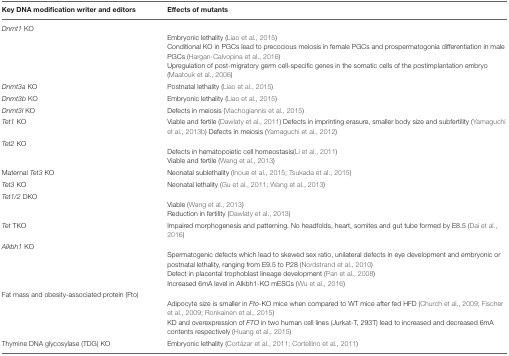
| Key DNA modification writer and editors | Effects of mutants |
 | --- | --- |
 | Dnmt1 KO | Embryonic lethality (Liao et al., 2015) Conditional KO in PGCs lead to precocious meiosis in female PGCs and prospermatogonia differentiation in male PGCs (Hargan-Calvopina et al., 2016) Upregulation of post-migratory germ cell-specific genes in the somatic cells of the postimplantation embryo (Maatouk et al., 2006) |
 | Dnmt3a KO | Postnatal lethality (Liao et al., 2015) |
 | Dnmt3b KO | Embryonic lethality (Liao et al., 2015) |
 | Dnmt3l KO | Defects in meiosis (Vlachogiannis et al., 2015) |
 | Tet1 KO | Viable and fertile (Dawlaty et al., 2011) Defects in imprinting erasure, smaller body size and subfertility (Yamaguchi et al., 2013b) Defects in meiosis (Yamaguchi et al., 2012) |
 | Tet2 KO | Defects in hematopoietic cell homeostasis(Li et al., 2011) Viable and fertile (Wang et al., 2013) |
 | Maternal Tet3 KO | Neonatal sublethality (Inoue et al., 2015; Tsukada et al., 2015) |
 | Tet3 KO | Neonatal lethality (Gu et al., 2011; Wang et al., 2013) |
 | Tet1/2 DKO | Viable (Wang et al., 2013) Reduction in fertility (Dawlaty et al., 2013) |
 | Tet TKO | Impaired morphogenesis and patterning. No headfolds, heart, somites and gut tube formed by E8.5 (Dai et al., 2016) |
 | Alkbh1 KO | Spermatogenic defects which lead to skewed sex ratio, unilateral defects in eye development and embryonic or postnatal lethality, ranging from E9.5 to P28 (Nordstrand et al., 2010) Defect in placental trophoblast lineage development (Pan et al., 2008) Increased 6mA level in Alkbh1-KO mESCs (Wu et al., 2016) |
 | Fat mass and obesity-associated protein (Fto) | Adipocyte size is smaller in Fto-KO mice when compared to WT mice after fed HFD (Church et al., 2009; Fischer et al., 2009; Ronkainen et al., 2015) KD and overexpression of FTO in two human cell lines (Jurkat-T, 293T) lead to increased and decreased 6mA contents respectively (Huang et al., 2015) |
 | Thymine DNA glycosylase (TDG) KO | Embryonic lethality (Cortázar et al., 2011; Cortellino et al., 2011) |